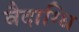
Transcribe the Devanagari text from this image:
वैदाग्धि